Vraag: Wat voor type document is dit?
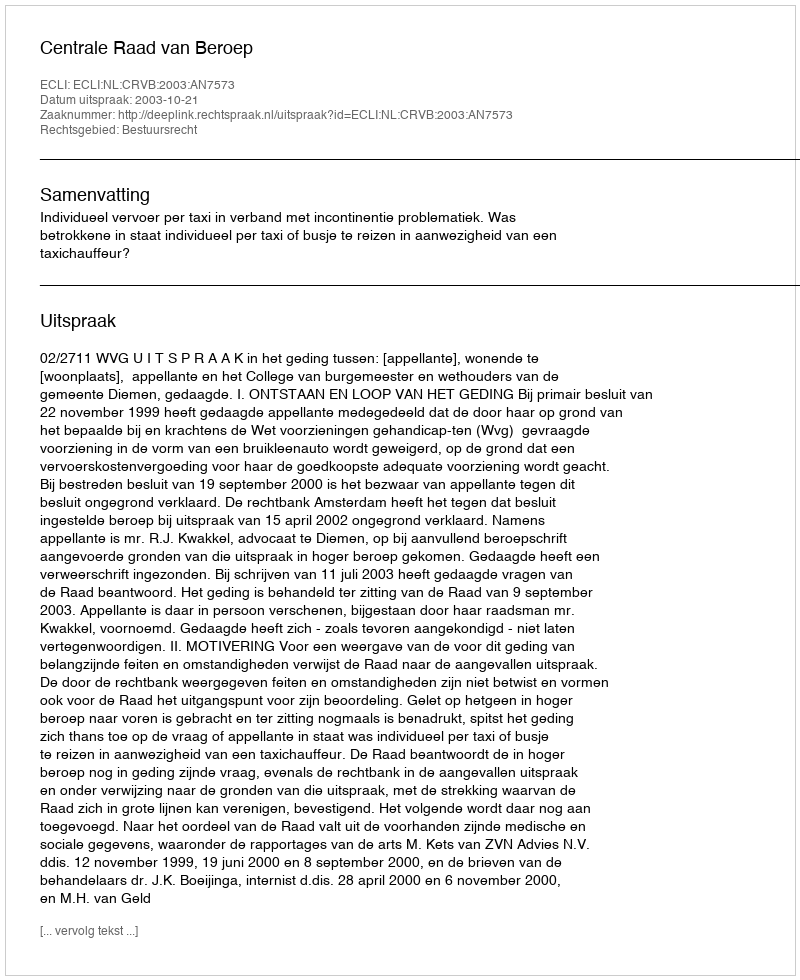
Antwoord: Uitspraak